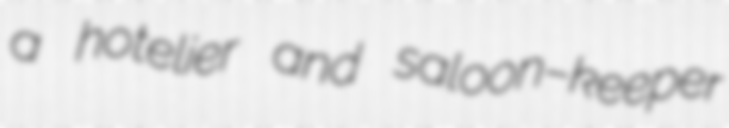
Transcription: a hotelier and saloon–keeper